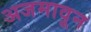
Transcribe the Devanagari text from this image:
अजमावून